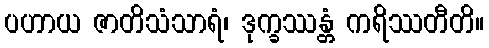
ပဟာယ ဇာတိသံသာရံ၊ ဒုက္ခဿန္တံ ကရိဿတီတိ။